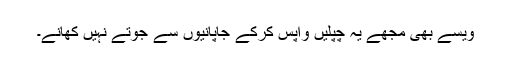
ویسے بھی مجھے یہ چپلیں واپس کرکے جاپانیوں سے جوتے نہیں کھانے۔